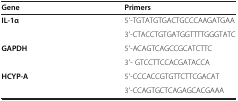
<table><thead><tr><td><b>Gene</b></td><td><b>Primers</b></td></tr></thead><tbody><tr><td rowspan="2"><b>IL-1α</b></td><td>5′-TGTATGTGACTGCCCAAGATGAA</td></tr><tr><td>3′-CTACCTGTGATGGTTTTGGGTATC</td></tr><tr><td rowspan="2"><b>GAPDH</b></td><td>5′-ACAGTCAGCCGCATCTTC</td></tr><tr><td>3′- GTCCTTCCACGATACCA</td></tr><tr><td><b>HCYP-A</b></td><td>5′-CCCACCGTGTTCTTCGACAT</td></tr><tr><td> </td><td>3′-CCAGTGCTCAGAGCACGAAA</td></tr></tbody></table>